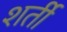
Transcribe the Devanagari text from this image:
शर्ती